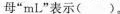
母”mL”表示( )。